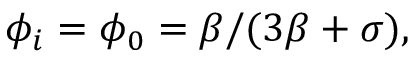
\begin{array} { r } { \phi _ { i } = \phi _ { 0 } = \beta / ( 3 \beta + \sigma ) , } \end{array}